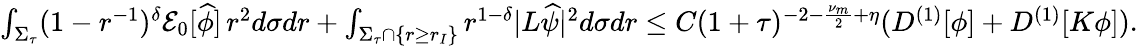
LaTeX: \begin{array}{r}{\int_{\Sigma_{\tau}}(1-r^{-1})^{\delta}\mathcal{E}_{0}[\widehat{\phi}]\, r^{2}d\sigma dr+\int_{\Sigma_{\tau}\cap\{ r\geq r_{I}\} }r^{1-\delta}|L\widehat{\psi}|^{2}d\sigma dr\leq C(1+\tau)^{-2-\frac{\nu_{m}}{2}+\eta}(D^{(1)}[\phi]+D^{(1)}[K\phi]).}\end{array}